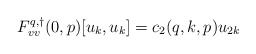
\begin{align*}F^{q,\dagger}_{vv}(0,p)[u_k,u_k] &= c_2(q,k,p) u_{2k}\end{align*}